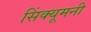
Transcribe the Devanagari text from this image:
सिंक्यूमनी